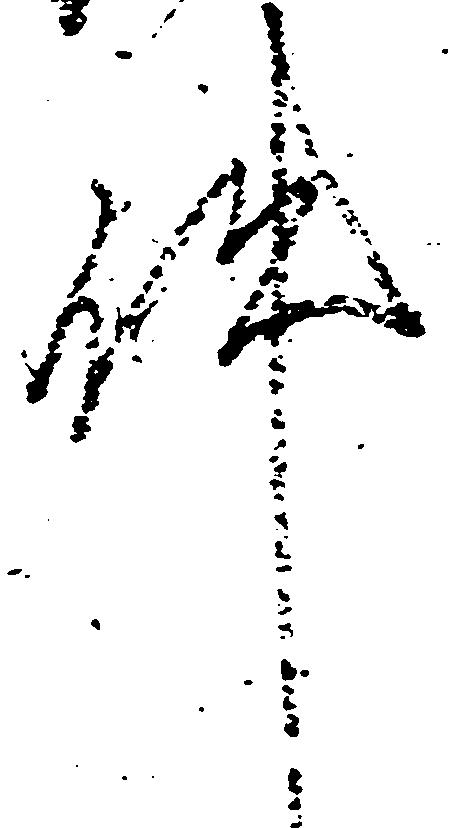
件